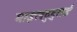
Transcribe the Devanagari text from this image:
माइलदुटुराई